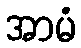
အာမံ